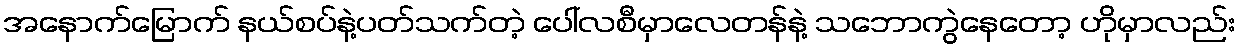
အနောက်မြောက် နယ်စပ်နဲ့ပတ်သက်တဲ့ ပေါ်လစီမှာလေတန်နဲ့ သဘောကွဲနေတော့ ဟိုမှာလည်း